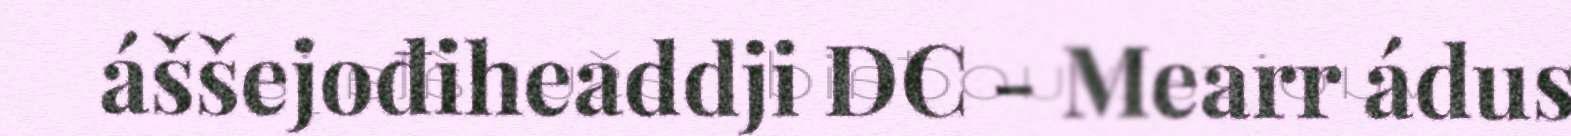
áššejođiheaddji DC - Mearr ádus